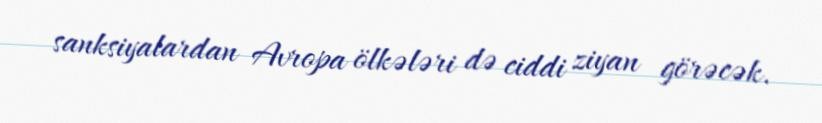
sanksiyalardan Avropa ölkələri də ciddi ziyan görəcək.